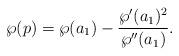
LaTeX: \begin{align*}\wp(p)=\wp(a_{1})-\frac{\wp^{\prime}(a_{1})^{2}}{\wp^{\prime \prime}(a_{1})}.\end{align*}